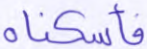
فأسكناه